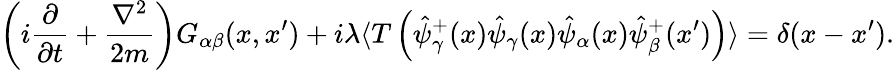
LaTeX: \left(i\frac{\partial}{\partial t}+\frac{\nabla^{2}}{2m}\right)G_{\alpha\beta}(x,x^{\prime})+i\lambda\langle T\left(\hat{\psi}_{\gamma}^{+}(x)\hat{\psi}_{\gamma}(x)\hat{\psi}_{\alpha}(x)\hat{\psi}_{\beta}^{+}(x^{\prime})\right)\rangle=\delta(x-x^{\prime}).